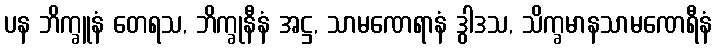
ပန ဘိက္ခူနံ တေရသ, ဘိက္ခုနီနံ အဋ္ဌ, သာမဏေရာနံ ဒွါဒသ, သိက္ခမာနသာမဏေရီနံ